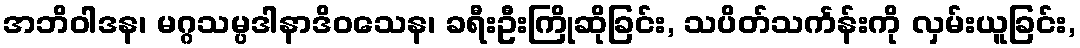
အဘိဝါဒန၊ မဂ္ဂသမ္ပဒါနာဒိဝသေန၊ ခရီးဦးကြိုဆိုခြင်း, သပိတ်သင်္ကန်းကို လှမ်းယူခြင်း,